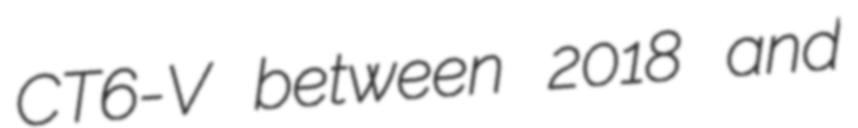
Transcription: CT6-V between 2018 and